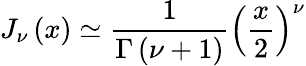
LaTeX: J_{\nu}\left(x\right)\simeq\frac{1}{\Gamma\left(\nu+1\right)}\left(\frac{x}{2}\right)^{\nu}